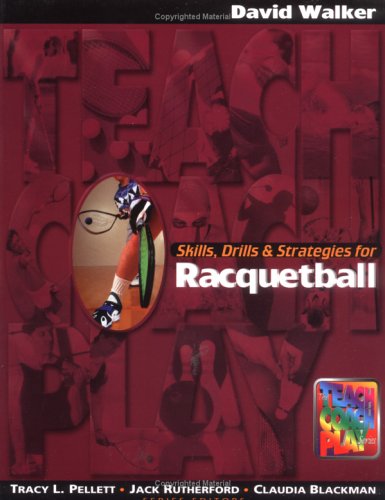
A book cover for Skills, Drills & Strategies for Racquetball; David R. Walker; Sports & Outdoors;